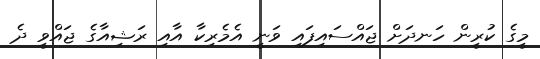
މީގެ ކުރީން ހަނދަށް ޖައްސައިފައި ވަނީ އެމެރިކާ އާއި ރަޝިއާގެ ޖައްވީ ދެ